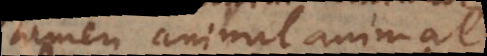
tamen animal animal